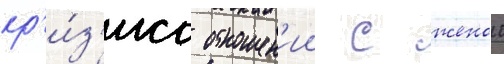
кр'и́з'иса отношен'ии с женои